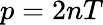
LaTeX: p=2nT